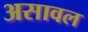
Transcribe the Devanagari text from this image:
असावल